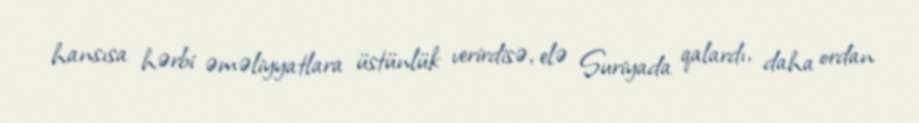
hansısa hərbi əməliyyatlara üstünlük verirdisə, elə Suriyada qalardı, daha ordan